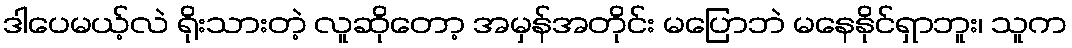
ဒါပေမယ့်လဲ ရိုးသားတဲ့ လူဆိုတော့ အမှန်အတိုင်း မပြောဘဲ မနေနိုင်ရှာဘူး၊ သူက